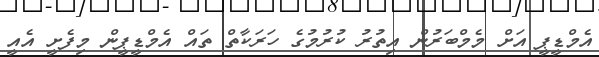
އެމްޑީޕީ އަށް މެމްބަރުން އިތުރު ކުރުމުގެ ހަރަކާތް ތައް އެމްޑީޕީން މިފެށީ އެއީ